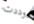
وددت